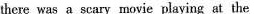
there was a scary movie playing at the